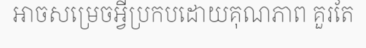
អាចសម្រេចអ្វីប្រកបដោយគុណភាព គួរតែ